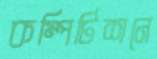
কম্পিটিশনে